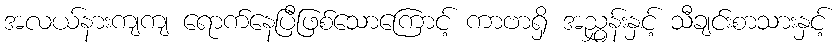
အလယ်နားကျကျ ရောက်နေပြီဖြစ်သောကြောင့် ကာဗာရှိ အညွှန်းနှင့် သီချင်းစာသားနှင့်